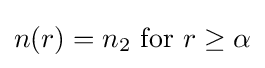
n(r)=n_{2}\mathrm {\ for\ } r\geq \alpha